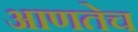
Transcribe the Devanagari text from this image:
आणतेच